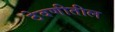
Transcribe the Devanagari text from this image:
ठेवणीतील